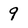
Character: 9